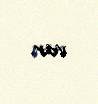
var.